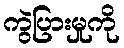
ကွဲပြားမှုကို